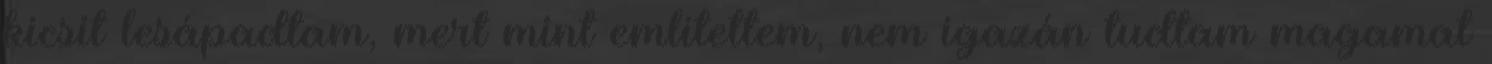
kicsit lesápadtam, mert mint említettem, nem igazán tudtam magamat